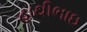
હાથીભાઇ